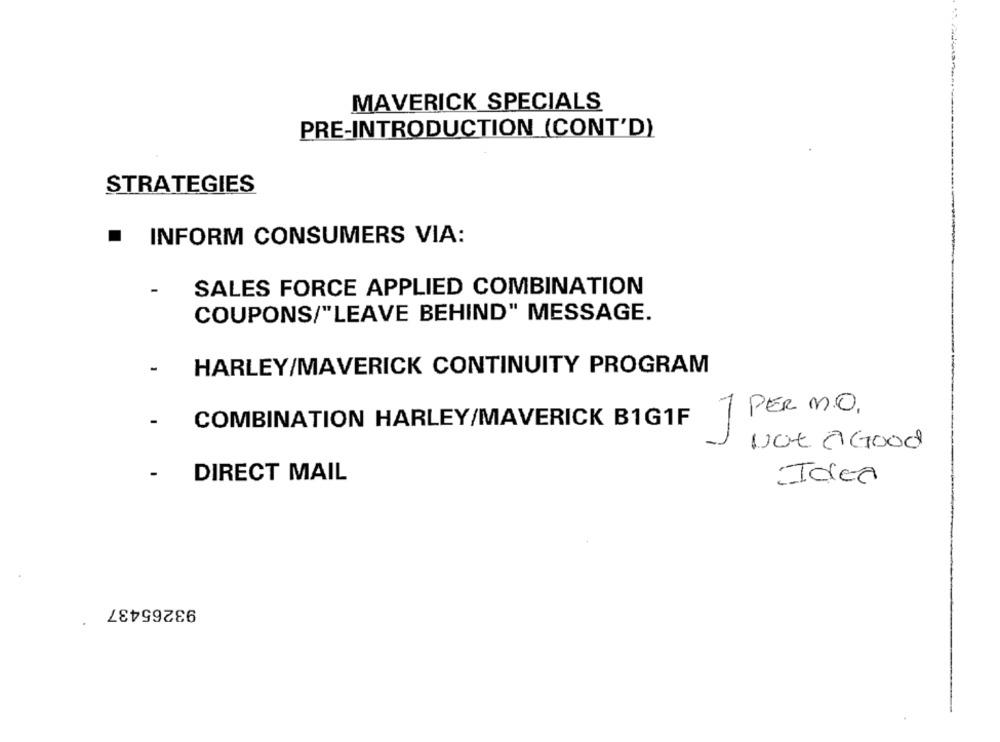
MAVERICK SPECIALS
PRE-INTRODUCTION (CONT'D)
STRATEGIES
.
INFORM CONSUMERS VIA:
SALES FORCE APPLIED COMBINATION
COUPONS/"LEAVE BEHIND" MESSAGE.
HARLEY/MAVERICK CONTINUITY PROGRAM
COMBINATION HARLEY/MAVERICK B1G1F
1 PER MO,
-
Not A Good
-
DIRECT MAIL
Idea
93265437